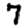
Digit: 7